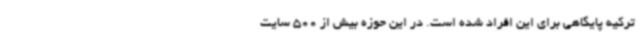
ترکیه پایگاهی برای این افراد شده است. در این حوزه بیش از 500 سایت